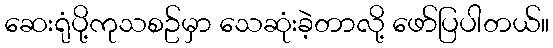
ဆေးရုံပို့ကုသစဥ်မှာ သေဆုံးခဲ့တာလို့ ဖော်ပြပါတယ်။